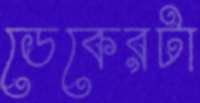
ডেকেরটা